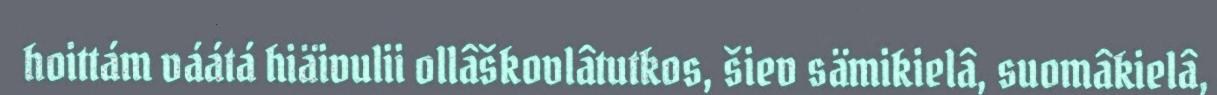
hoittám váátá hiäivulii ollâškovlâtutkos, šiev sämikielâ, suomâkielâ,